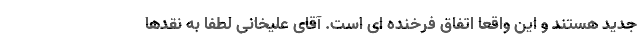
جدید هستند و این واقعا اتفاق فرخنده ای است. آقای علیخانی لطفا به نقدها